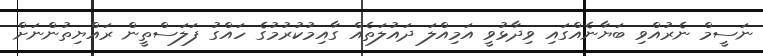
ނަސީމް ނެރުއްވި ބަޔާނެއްގައި ވިދާޅުވީ އަމިއްލަ ދައުލަތެއް ގާއިމުކުރުމުގެ ހައްގު ފަލަސްތީން ރައްޔިތުންނަށް